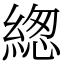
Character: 緫